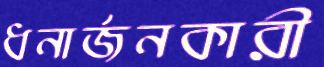
ধনার্জনকারী